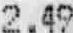
2.49